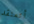
أتعتقد